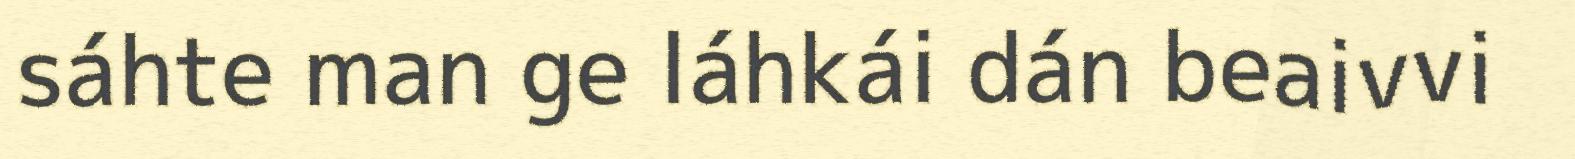
sáhte man ge láhkái dán beaivvi